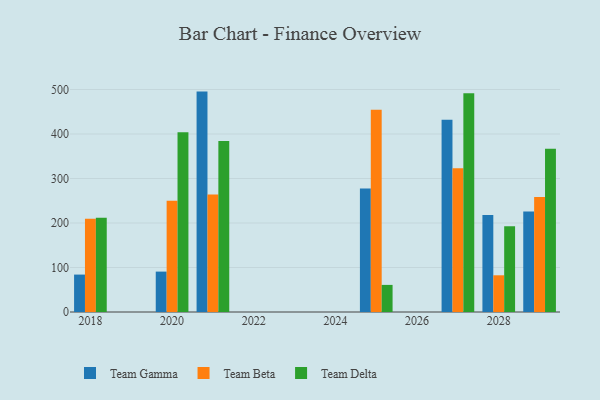
{"axis": {"x": "Year", "y": "Humidity (%)"}, "legend": ["Team Beta", "Team Delta", "Team Gamma"], "data": [{"x": "2025", "y": 277.6, "type": "Team Gamma"}, {"x": "2025", "y": 454.6, "type": "Team Beta"}, {"x": "2025", "y": 60.9, "type": "Team Delta"}, {"x": "2020", "y": 90.8, "type": "Team Gamma"}, {"x": "2020", "y": 250.0, "type": "Team Beta"}, {"x": "2020", "y": 403.9, "type": "Team Delta"}, {"x": "2028", "y": 217.9, "type": "Team Gamma"}, {"x": "2028", "y": 82.5, "type": "Team Beta"}, {"x": "2028", "y": 192.9, "type": "Team Delta"}, {"x": "2018", "y": 84.1, "type": "Team Gamma"}, {"x": "2018", "y": 209.4, "type": "Team Beta"}, {"x": "2018", "y": 211.6, "type": "Team Delta"}, {"x": "2027", "y": 432.2, "type": "Team Gamma"}, {"x": "2027", "y": 323.3, "type": "Team Beta"}, {"x": "2027", "y": 491.5, "type": "Team Delta"}, {"x": "2021", "y": 495.3, "type": "Team Gamma"}, {"x": "2021", "y": 263.9, "type": "Team Beta"}, {"x": "2021", "y": 384.2, "type": "Team Delta"}, {"x": "2029", "y": 226.1, "type": "Team Gamma"}, {"x": "2029", "y": 258.3, "type": "Team Beta"}, {"x": "2029", "y": 367.0, "type": "Team Delta"}]}